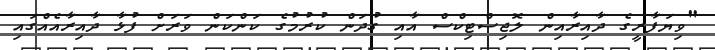
"ވިޔަފާރީގެ ދާއިރާއިން ލޮޖިސްޓިކްސް އާއި ގުދަން ކުރުމުގެ ކަންކަން ވަރަށް ފުޅާ ދާއިރާއެއްގައި